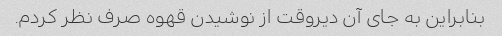
بنابراین به جای آن دیروقت از نوشیدن قهوه صرف نظر کردم.